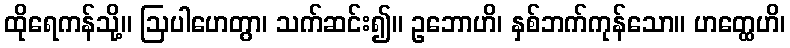
ထိုရေကန်သို့။ ဩပါဟေတွာ၊ သက်ဆင်း၍။ ဥဘောဟိ၊ နှစ်ဘက်ကုန်သော။ ဟတ္ထေဟိ၊